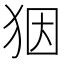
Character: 𤝱